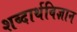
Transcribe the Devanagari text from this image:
शब्दार्थविज्ञान